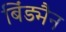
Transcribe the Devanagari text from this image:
बिंड्मैन